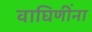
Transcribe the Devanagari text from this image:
वाघिणींना